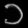
Digit: ၁